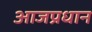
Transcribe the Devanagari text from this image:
आजप्रधान